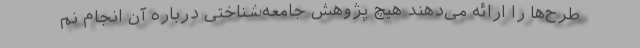
طرح‌ها را ارائه می‌دهند هیچ پژوهش جامعه‌شناختی درباره آن انجام نم